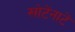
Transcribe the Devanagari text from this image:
खोटेंनाटें